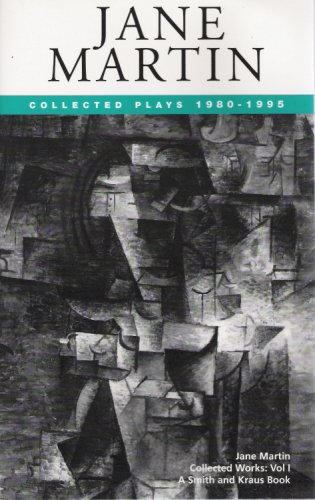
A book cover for Jane Martin Collected Works Volume I: Collected Plays 1980-1995 - Paper; Jane Martin; Literature & Fiction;